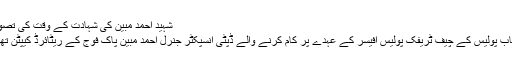
شہید احمد مبین کی شہادت کے وقت کی تصویر
پنجاب پولیس کے چیف ٹریفک پولیس آفیسر کے عہدے پر کام کرنے والے ڈپٹی انسپکٹر جنرل احمد مبین پاک فوج کے ریٹائرڈ کیپٹن تھے۔